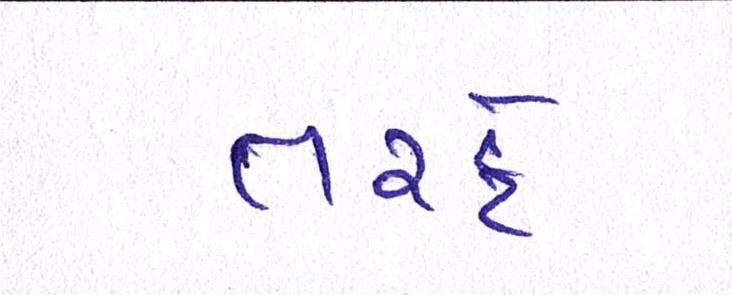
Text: તરફે